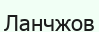
Ланчжов